Civil Veterinary Dept. Assam report 1927-50 - 1927-1950
Year: 1927
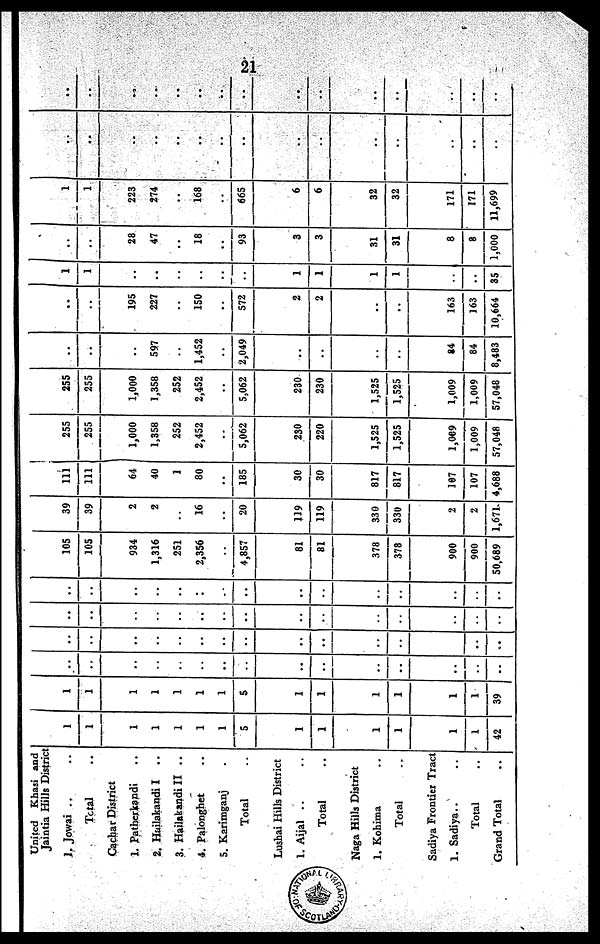
21
United Khasi and
Jaintia Hills Distric
J. Jowai .. ..
Total ..
Cachar District
1. Patherkapdi ..
2. Hailakandi I ..
3. Hailakandi II ..
4. Palonghet ..
5. Kariroganj ..
Total
Lushai Hills District
1. Aijal .. ..
Total
Naga Hills District
1. Kohima ..
Total
Sadiya Frontier Tract
1. Sadiya.. ..
Total ..
Grand Total
1
1
1
1
1
1
1
5
1
1
1
1
1
1
42
1
1
1
1
1
1
1
5
1
1
1
1
1
1
39
..
..
..
..
..
..
..
..
..
..
..
..
..
..
..
..
..
..
..
..
..
..
..
..
..
..
..
..
..
..
..
..
..
..
..
..
..
..
..
..
..
..
..
..
..
..
..
..
..
..
..
..
..
..
..
..
..
..
..
..
105
105
934
1,316
251
2,356
..
4,857
81
81
378
378
900
900
50,689
39
39
2
2
..
16
..
20
119
119
330
330
2
2
1,671
111
111
64
40
1
80
..
185
30
30
817
817
107
107
4,688
255
255
1,000
1,358
252
2,452
..
5,062
230
220
1,525
1,525
1,069
1,009
57,048
255
255
1,000
1,358
252
2,452
..
5,062
230
230
1,525
1,525
1,009
1,009
57,048
..
..
..
597
..
1,452
..
2,049
..
..
..
..
84
84
8,483
..
..
195
227
..
150
..
572
2
2
..
..
163
163
10,664
1
1
..
..
..
..
..
..
1
1
1
1
..
..
35
1
..
..
28
47
..
18
..
93
3
3
31
31
8
8
1,000
1
1
223
274
..
168
..
665
6
6
32
32
171
171
11,699
..
..
..
..
..
..
..
..
..
..
..
..
..
..
..
..
..
..
..
...
..
..
..
..
..
..
..
..
..
..